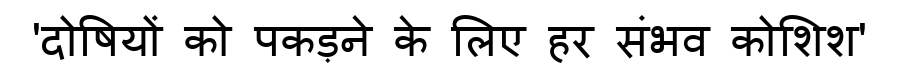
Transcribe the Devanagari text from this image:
'दोषियों को पकड़ने के लिए हर संभव कोशिश'